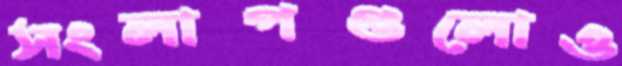
সংলাপগুলোও